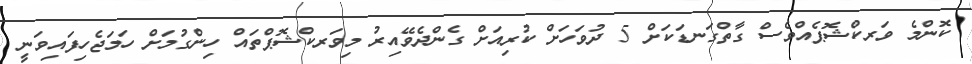
ކޮންމެ ވަރކްޝޮޕެއްވެސް ގާތްގަނޑަކަށް 5 ދުވަހަށް ކުރިއަށް ގެންދެވޭއިރު މިވަރކްޝޮޕްތައް ހިންގުމަށް ހަމަޖެހިފައިވަނީ